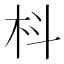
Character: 枓